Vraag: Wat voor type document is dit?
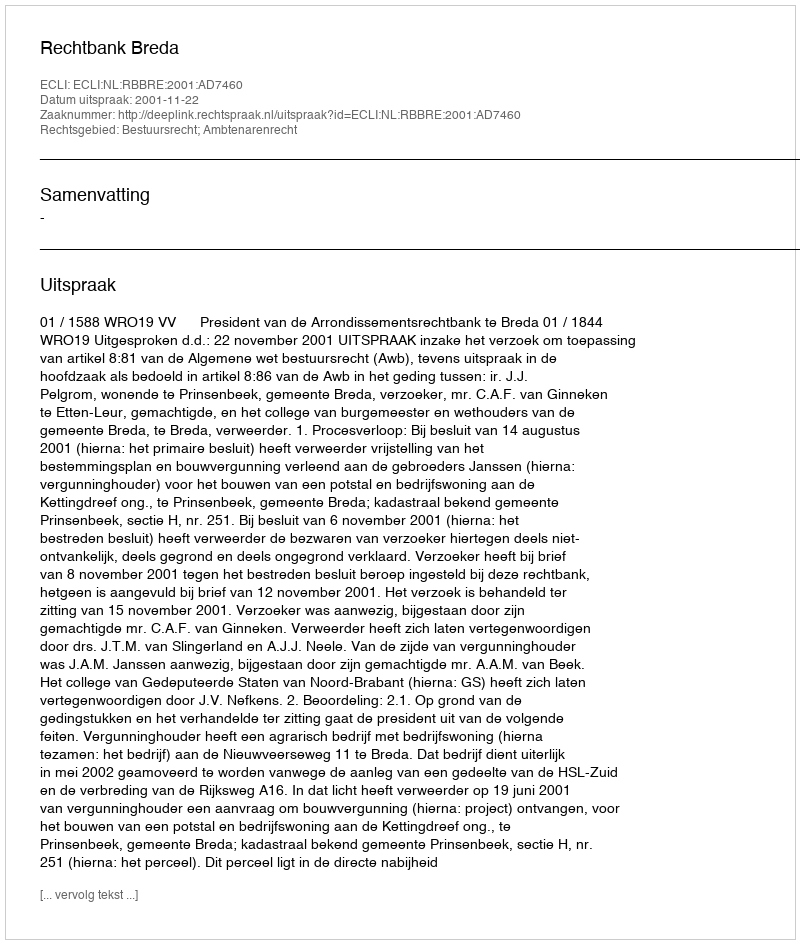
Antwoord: Uitspraak